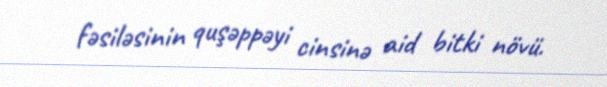
fəsiləsinin quşəppəyi cinsinə aid bitki növü.